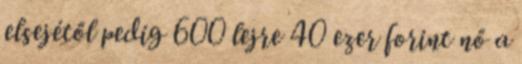
elsejétől pedig 600 lejre 40 ezer forint nő a